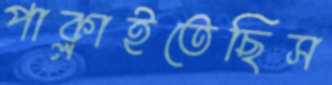
পাক্‌লাইতেছিস